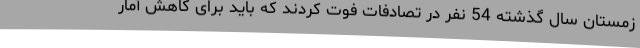
زمستان سال گذشته 54 نفر در تصادفات فوت کردند که باید برای کاهش آمار